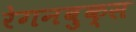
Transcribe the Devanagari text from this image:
रेगनबुक्स